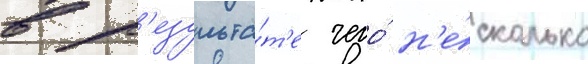
в р'езульта́т'е чего́ н'е́сколько